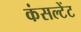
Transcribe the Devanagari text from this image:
कंसल्‍टेंट